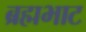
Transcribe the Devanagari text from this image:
ब्रह्मभाट